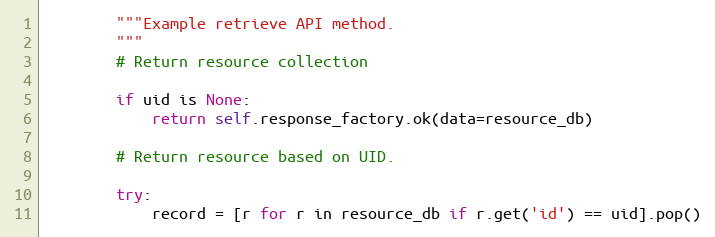
Language: Python
        """Example retrieve API method.
        """
        # Return resource collection

        if uid is None:
            return self.response_factory.ok(data=resource_db)

        # Return resource based on UID.

        try:
            record = [r for r in resource_db if r.get('id') == uid].pop()